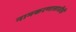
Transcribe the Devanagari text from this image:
नामकरणासाठीही